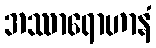
အဿာရောဟာနံ